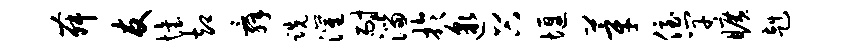
舞友怡却舜跣灌耐淄于邈谷堰莘侄竿旷赳